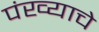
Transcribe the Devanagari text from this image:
पंख्याचे